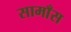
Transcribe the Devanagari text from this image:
सामाँस